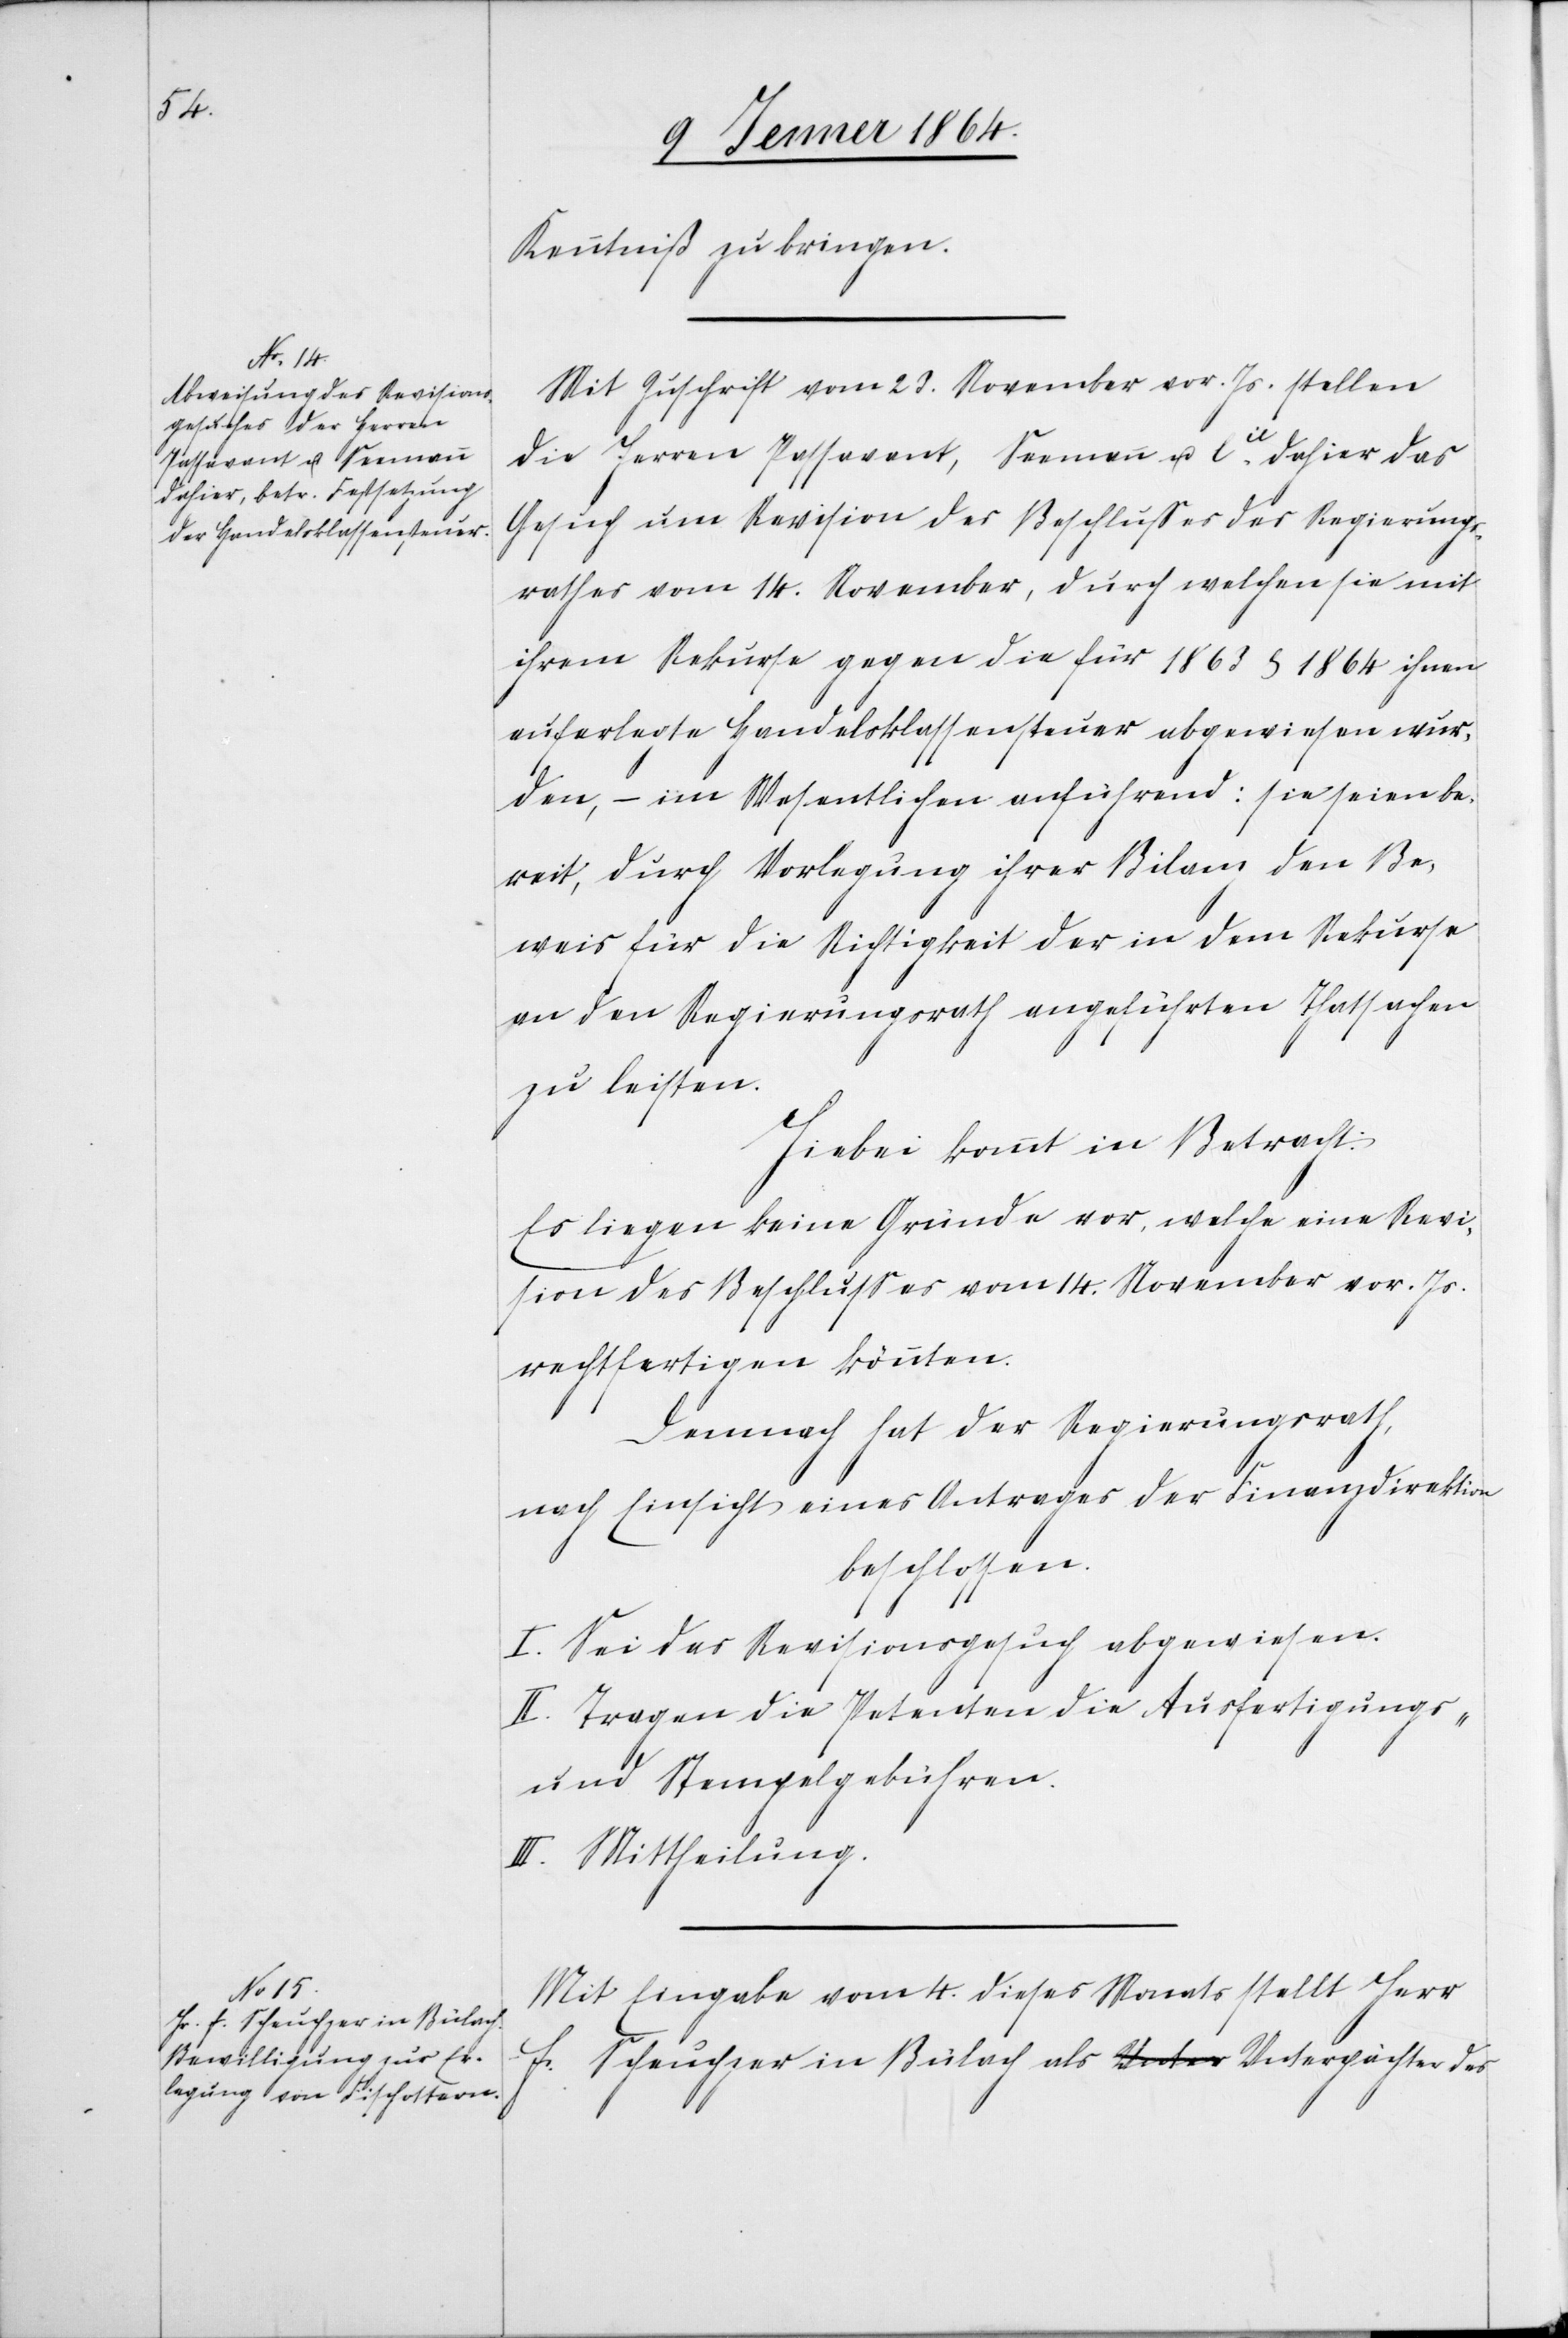
Kenntniß zu bringen.
Mit Zuschrift vom 23. November vor. Js. stellen
die Herren Passavent, Seemann &. Cie dahier das
Gesuch um Revision des Beschlußes des Regierungs¬
rathes vom 14. November, durch welchen sie mit
ihrem Rekurse gegen die für 1863 u. 1864 ihnen
auferlegte Handelsklassensteuer abgewiesen wur¬
den, – im Wesentlichen anführend: sie seien be¬
reit, durch Vorlegung ihrer Bilanz den Be¬
weis für die Richtigkeit der in dem Rekurse
an den Regierungsrath angeführten Thatsachen
zu leisten.
Hiebei kommt in Betracht:
Es liegen keine Gründe vor, welche eine Revi¬
sion des Beschlusses vom 14. November vor. Js.
rechtfertigen könnten.
Demnach hat der Regierungsrath,
nach Einsicht eines Antrages der Finanzdirektion
beschlossen:
I. Sei das Revisionsgesuch abgewiesen.
II. Tragen die Petenten die Ausfertigungs-
und Stempelgebühren.
III. Mittheilung.
Mit Eingabe vom 4. dieses Monats stellt Herr
F. Scheuchzer in Bülach als Unterpächter des